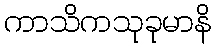
ကာသိကသုခုမာနိ